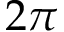
2 \pi